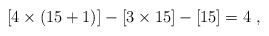
\begin{align*}[4 \times (15+1)] - [3\times 15] -[15] = 4 \ ,\end{align*}